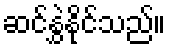
ဆင်နွှဲနိုင်သည်။